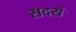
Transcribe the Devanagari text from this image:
सदयं